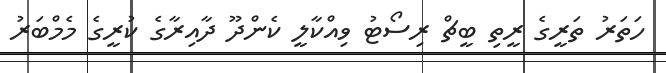
ހަތަރު ތަރީގެ ރީތި ބީޗް ރިސޯޓު ވިއްކާލީ ކެންދޫ ދާއިރާގެ ކުރީގެ މެމްބަރު